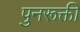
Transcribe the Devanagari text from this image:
पुनरूक्ती